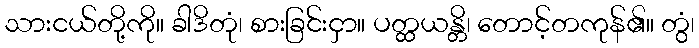
သားငယ်တို့ကို။ ခါဒိတုံ၊ စားခြင်းငှာ။ ပတ္ထယန္တိ၊ တောင့်တကုန်၏။ တွံ၊